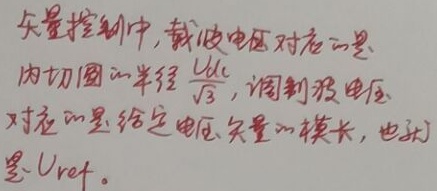
矢量控制中，载波电压对应的是内切圆的半径\(\frac{U_{dc}}{\sqrt{3}}\)，调制波电压对应的是给定电压矢量的模长，也就是\(U_{ref}\)。